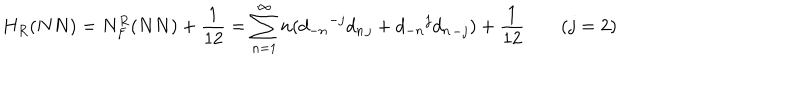
H _ { R } ( N N ) = N _ { F } ^ { R } ( N N ) + \frac { 1 } { 1 2 } = \sum _ { n = 1 } ^ { \infty } n ( { d _ { - n } } ^ { - j } { d _ { n } } _ { j } + { d _ { - n } } ^ { j } { d _ { n } } _ { - j } ) + \frac { 1 } { 1 2 } \; ( j = 2 )